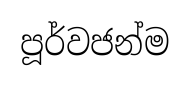
පූර්වජන්ම